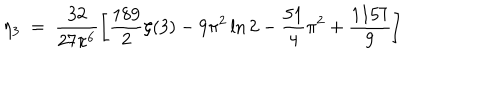
\eta _ { 3 } ~ = ~ \frac { 3 2 } { 2 7 \pi ^ { 6 } } \left[ \frac { 1 8 9 } { 2 } \zeta ( 3 ) - 9 \pi ^ { 2 } \ln 2 - \frac { 5 1 } { 4 } \pi ^ { 2 } + \frac { 1 1 5 7 } { 9 } \right]